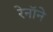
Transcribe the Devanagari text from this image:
रेनॉने